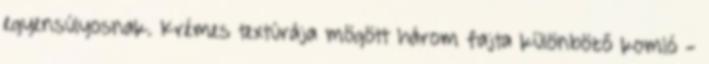
egyensúlyosnak. Krémes textúrája mögött három fajta különböző komló -